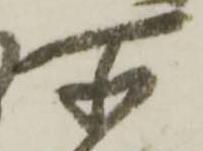
所